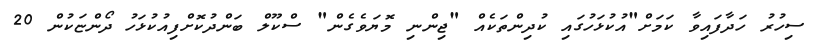
ސިހުރު ހަދާފައިވާ ކަމަށް"އުކުޅަހުގައި ކުދިންތަކެއް "ޖިންނި މޮޔަވެގެން" ސްކޫލް ބަންދުކޮށްފިއުކުޅަހު ދޯންޏަކުން 20